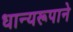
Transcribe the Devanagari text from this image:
धान्‍यरूपाने